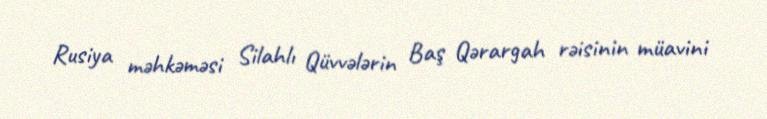
Rusiya məhkəməsi Silahlı Qüvvələrin Baş Qərargah rəisinin müavini